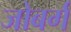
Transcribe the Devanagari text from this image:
जोबर्ग